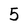
Character: 5